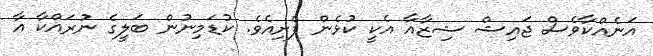
އަނެއްކާވެސް ޖައިޝް ޝިޒާއާ އެކީ ކުޅެން ފެށިއެވެ. ކުޑަމިނުން ބަލީގެ ނުރައްކާ އާ